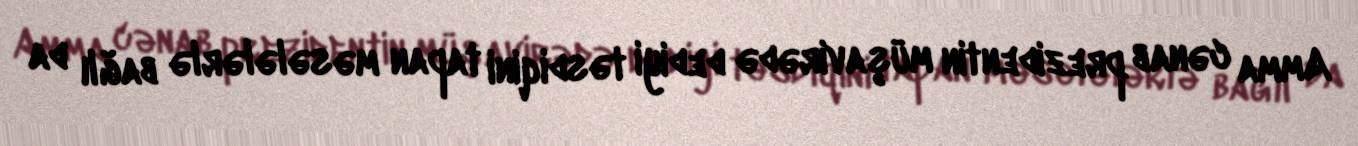
Amma cənab prezidentin müşavirədə dediyi təsdiqini tapan məsələlərlə bağlı da